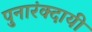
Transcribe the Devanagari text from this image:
पुनारंक्दायी